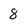
Character: 8